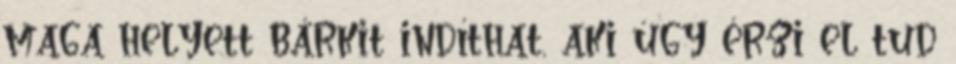
maga helyett bárkit indíthat, aki úgy érzi el tud